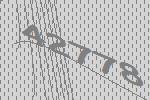
42778